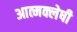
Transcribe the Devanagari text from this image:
आत्मक्लेषी